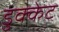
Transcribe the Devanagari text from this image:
डुक्केट